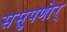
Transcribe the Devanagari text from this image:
ससुपणोर्